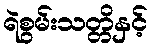
ရဲစွမ်းသတ္တိနှင့်